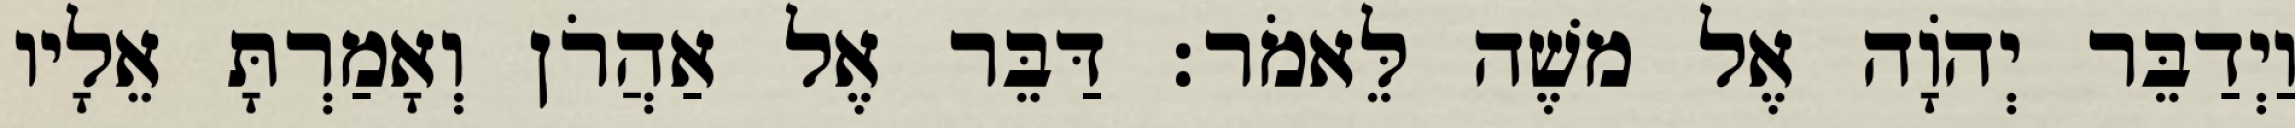
וַיְדַבֵּר יְהוָֹה אֶל משֶׁה לֵּאמֹר׃ דַּבֵּר אֶל אַהֲרֹן וְאָמַרְתָּ אֵלָיו